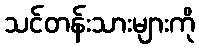
သင်တန်းသားများကို